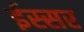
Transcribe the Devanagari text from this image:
ईस्सर